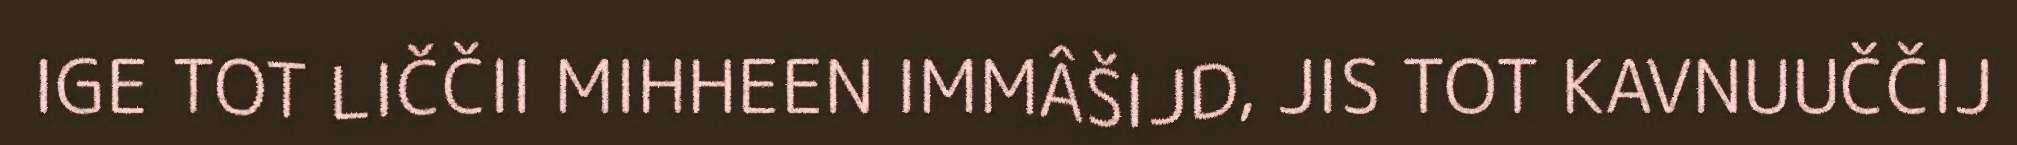
IGE TOT LIČČII MIHHEEN IMMÂŠIJD, JIS TOT KAVNUUČČIJ